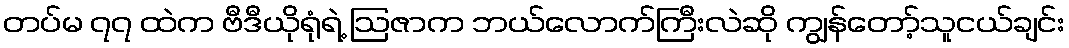
တပ်မ ၇၇ ထဲက ဗီဒီယိုရုံရဲ့ ဩဇာက ဘယ်လောက်ကြီးလဲဆို ကျွန်တော့်သူငယ်ချင်း